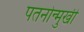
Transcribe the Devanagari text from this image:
पतनोन्मुखी